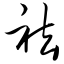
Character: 祛